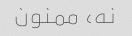
نه، ممنون